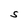
Character: S